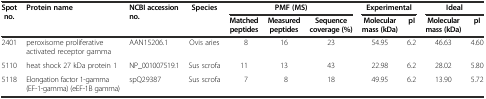
<table><thead><tr><td rowspan="2"><b>Spot no.</b></td><td rowspan="2"><b>Protein name</b></td><td rowspan="2"><b>NCBI accession no.</b></td><td rowspan="2"><b>Species</b></td><td colspan="3"><b>PMF (MS)</b></td><td colspan="2"><b>Experimental</b></td><td colspan="2"><b>Ideal</b></td></tr><tr><td><b>Matched peptides</b></td><td><b>Measured peptides</b></td><td><b>Sequence coverage (%)</b></td><td><b>Molecular mass (kDa)</b></td><td><b>pI</b></td><td><b>Molecular mass (kDa)</b></td><td><b>pI</b></td></tr></thead><tbody><tr><td>2401</td><td>peroxisome proliferative activated receptor gamma</td><td>AAN15206.1</td><td>Ovis aries</td><td>8</td><td>16</td><td>23</td><td>54.95</td><td>6.2</td><td>46.63</td><td>4.60</td></tr><tr><td>5110</td><td>heat shock 27 kDa protein 1</td><td>NP_001007519.1</td><td>Sus scrofa</td><td>11</td><td>13</td><td>43</td><td>22.98</td><td>6.2</td><td>28.02</td><td>5.80</td></tr><tr><td>5118</td><td>Elongation factor 1-gamma (EF-1-gamma) (eEF-1B gamma)</td><td>spQ29387</td><td>Sus scrofa</td><td>7</td><td>8</td><td>18</td><td>49.95</td><td>6.2</td><td>13.90</td><td>5.72</td></tr></tbody></table>